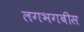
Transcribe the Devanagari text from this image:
लगभगबीस